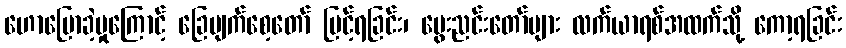
ဟောပြောခဲ့မှုကြောင့် ခြေမျက်စေ့တော် မြင့်ရခြင်း၊ မွေးညင်းတော်များ လက်ယာရစ်အထက်သို့ ကော့ရခြင်း